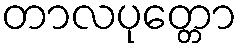
တာလပုတ္တော